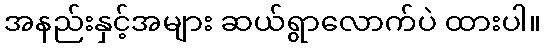
အနည်းနှင့်အများ ဆယ်ရွာလောက်ပဲ ထားပါ။